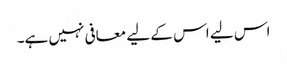
اس لیے اس کے لیے معافی نہیں ہے۔